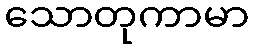
သောတုကာမာ